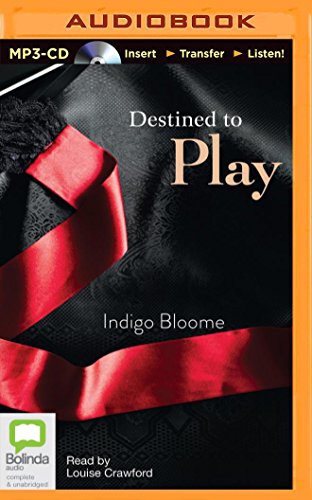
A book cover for Destined to Play (Avalon Novels); Indigo Bloome; Romance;